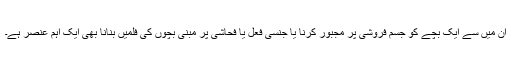
ان میں سے ایک بچے کو جسم فروشی پر مجبور کرنا یا جنسی فعل یا فحاشی پر مبنی بچوں کی فلمیں بنانا بھی ایک اہم عنصر ہے۔